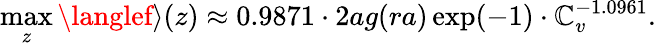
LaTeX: \operatorname*{max}_{z}\langlef\rangle(z)\approx0.9871\cdot2ag(ra)\exp(-1)\cdot\mathbb{C}_{v}^{-1.0961}.